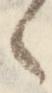
々